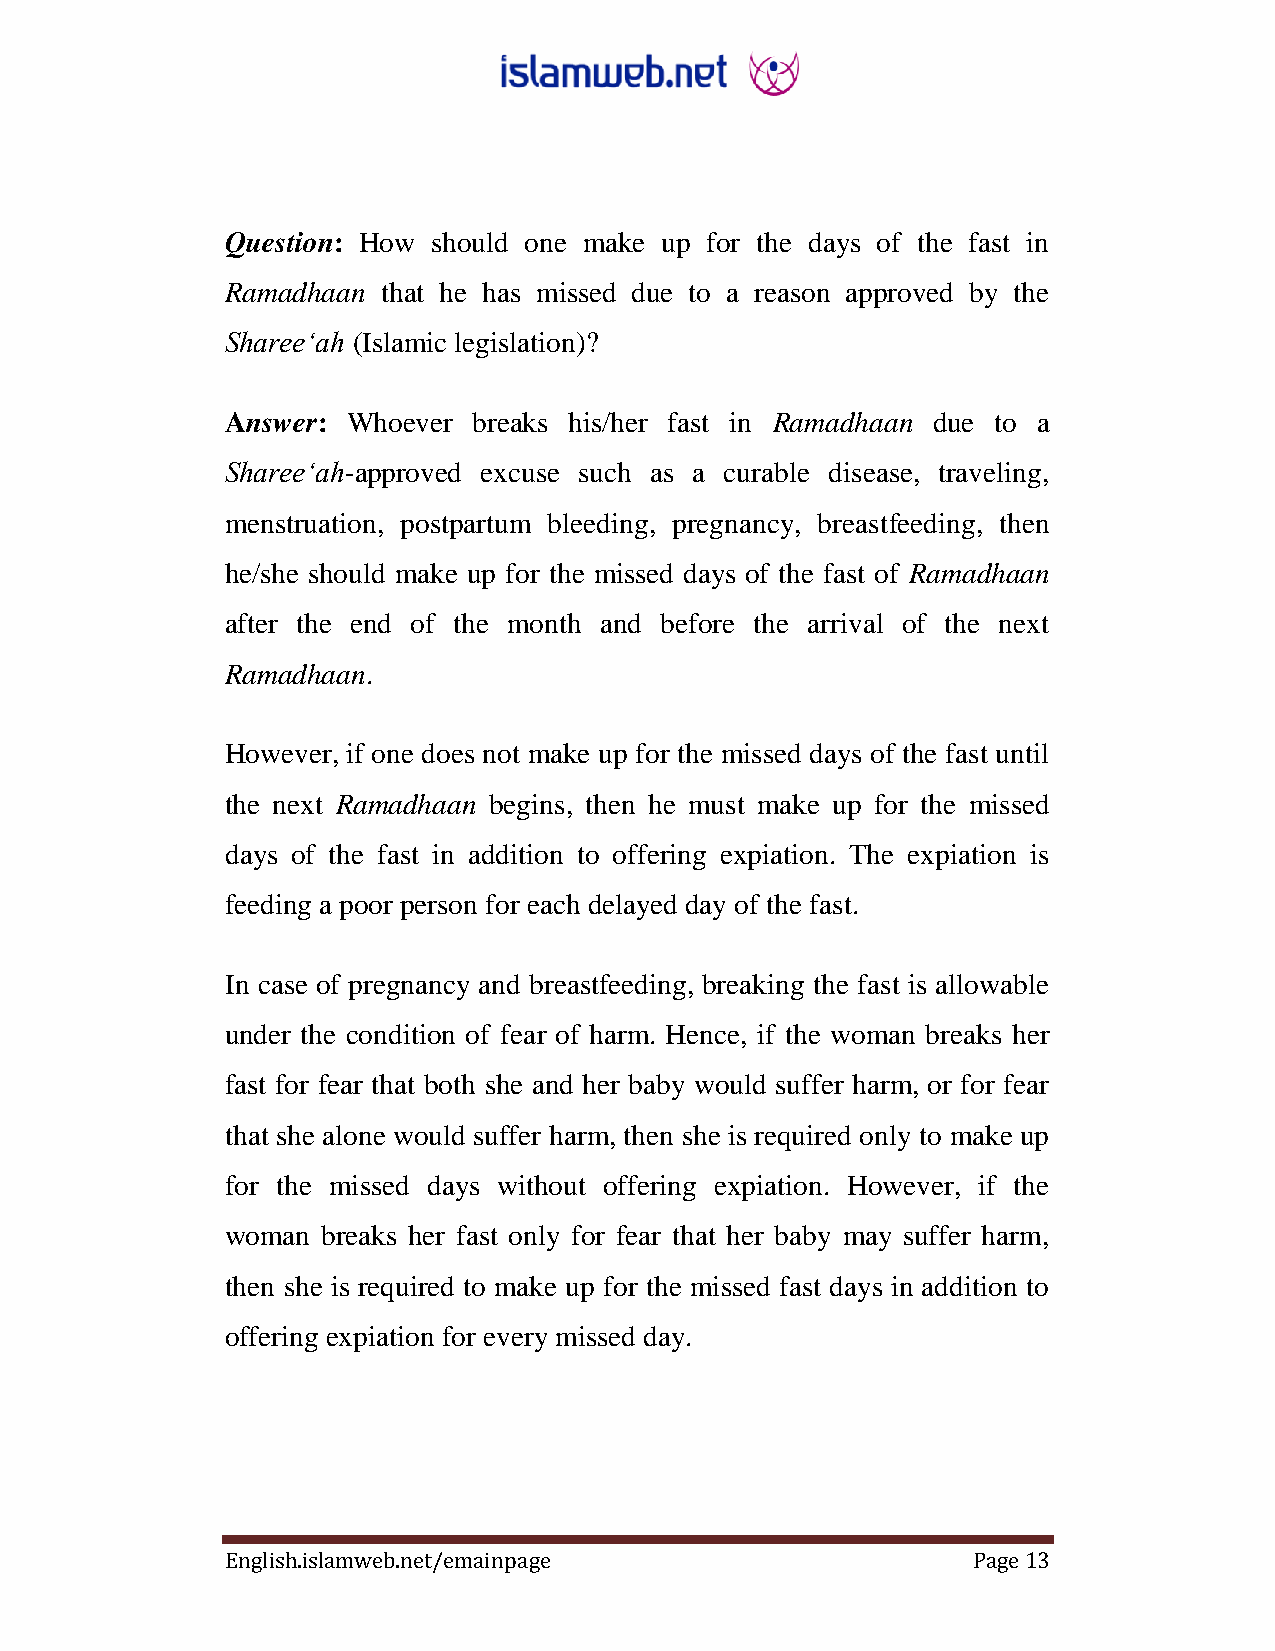
Question: How should one make up for the days of the fast in
 Ramadhaan that he has missed due to a reason approved by the
 Sharee„ah (Islamic legislation)?
 Answer: Whoever breaks his/her fast in Ramadhaan due to a
 Sharee„ah-approved excuse such as a curable disease, traveling,
 menstruation, postpartum bleeding, pregnancy, breastfeeding, then
 he/she should make up for the missed days of the fast of Ramadhaan
 after the end of the month and before the arrival of the next
 Ramadhaan.
 However, if one does not make up for the missed days of the fast until
 the next Ramadhaan begins, then he must make up for the missed
 days of the fast in addition to offering expiation. The expiation is
 feeding a poor person for each delayed day of the fast.
 In case of pregnancy and breastfeeding, breaking the fast is allowable
 under the condition of fear of harm. Hence, if the woman breaks her
 fast for fear that both she and her baby would suffer harm, or for fear
 that she alone would suffer harm, then she is required only to make up
 for the missed days without offering expiation. However, if the
 woman breaks her fast only for fear that her baby may suffer harm,
 then she is required to make up for the missed fast days in addition to
 offering expiation for every missed day.
 English.islamweb.net/emainpage                   Page 13